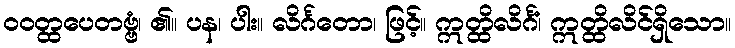
ဝဝတ္ထပေတဗ္ဗံ၊ ၏။ ပန၊ ပါး။ လိင်္ဂတော၊ ဖြင့်။ ဣတ္ထိလိင်္ဂံ၊ ဣတ္ထိလိင်ရှိသော။